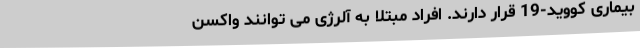
بیماری کووید-19 قرار دارند. افراد مبتلا به آلرژی می توانند واکسن